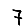
Digit: 7